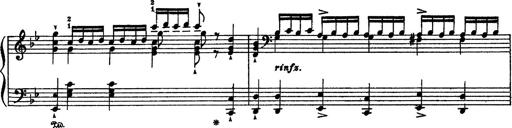
Title: Sarabande und Chaconne aus dem Singspiel
Composer: Franz Liszt